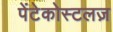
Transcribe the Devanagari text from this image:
पेंटेकोस्टलज़